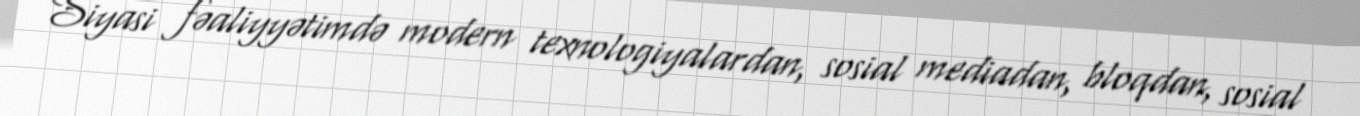
Siyasi fəaliyyətimdə modern texnologiyalardan, sosial mediadan, bloqdan, sosial